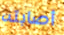
أصابته